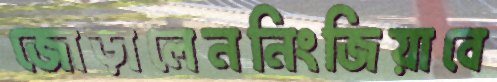
জোড়ালেননিংজিয়াবে